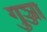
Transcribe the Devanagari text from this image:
गुञ्जा